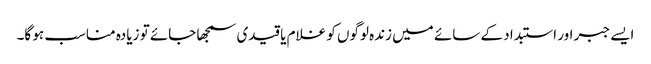
ایسے جبر اور استبداد کے سائے میں زندہ لوگوں کو غلام یا قیدی سمجھا جائے تو زیادہ مناسب ہو گا۔